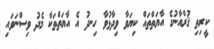
ކީރިތި ޤުރްއާނުގެ އާޔަތްތައް ކިޔަވާ ވިދާޅުވާ ހިނދު އެ އާޔަތްތަކާ މެދު ވިސްނަވައި